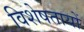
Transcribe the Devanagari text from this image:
विशेषतायों